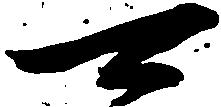
可